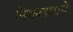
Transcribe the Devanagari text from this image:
निकलवाये